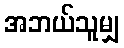
အဘယ်သူမျှ